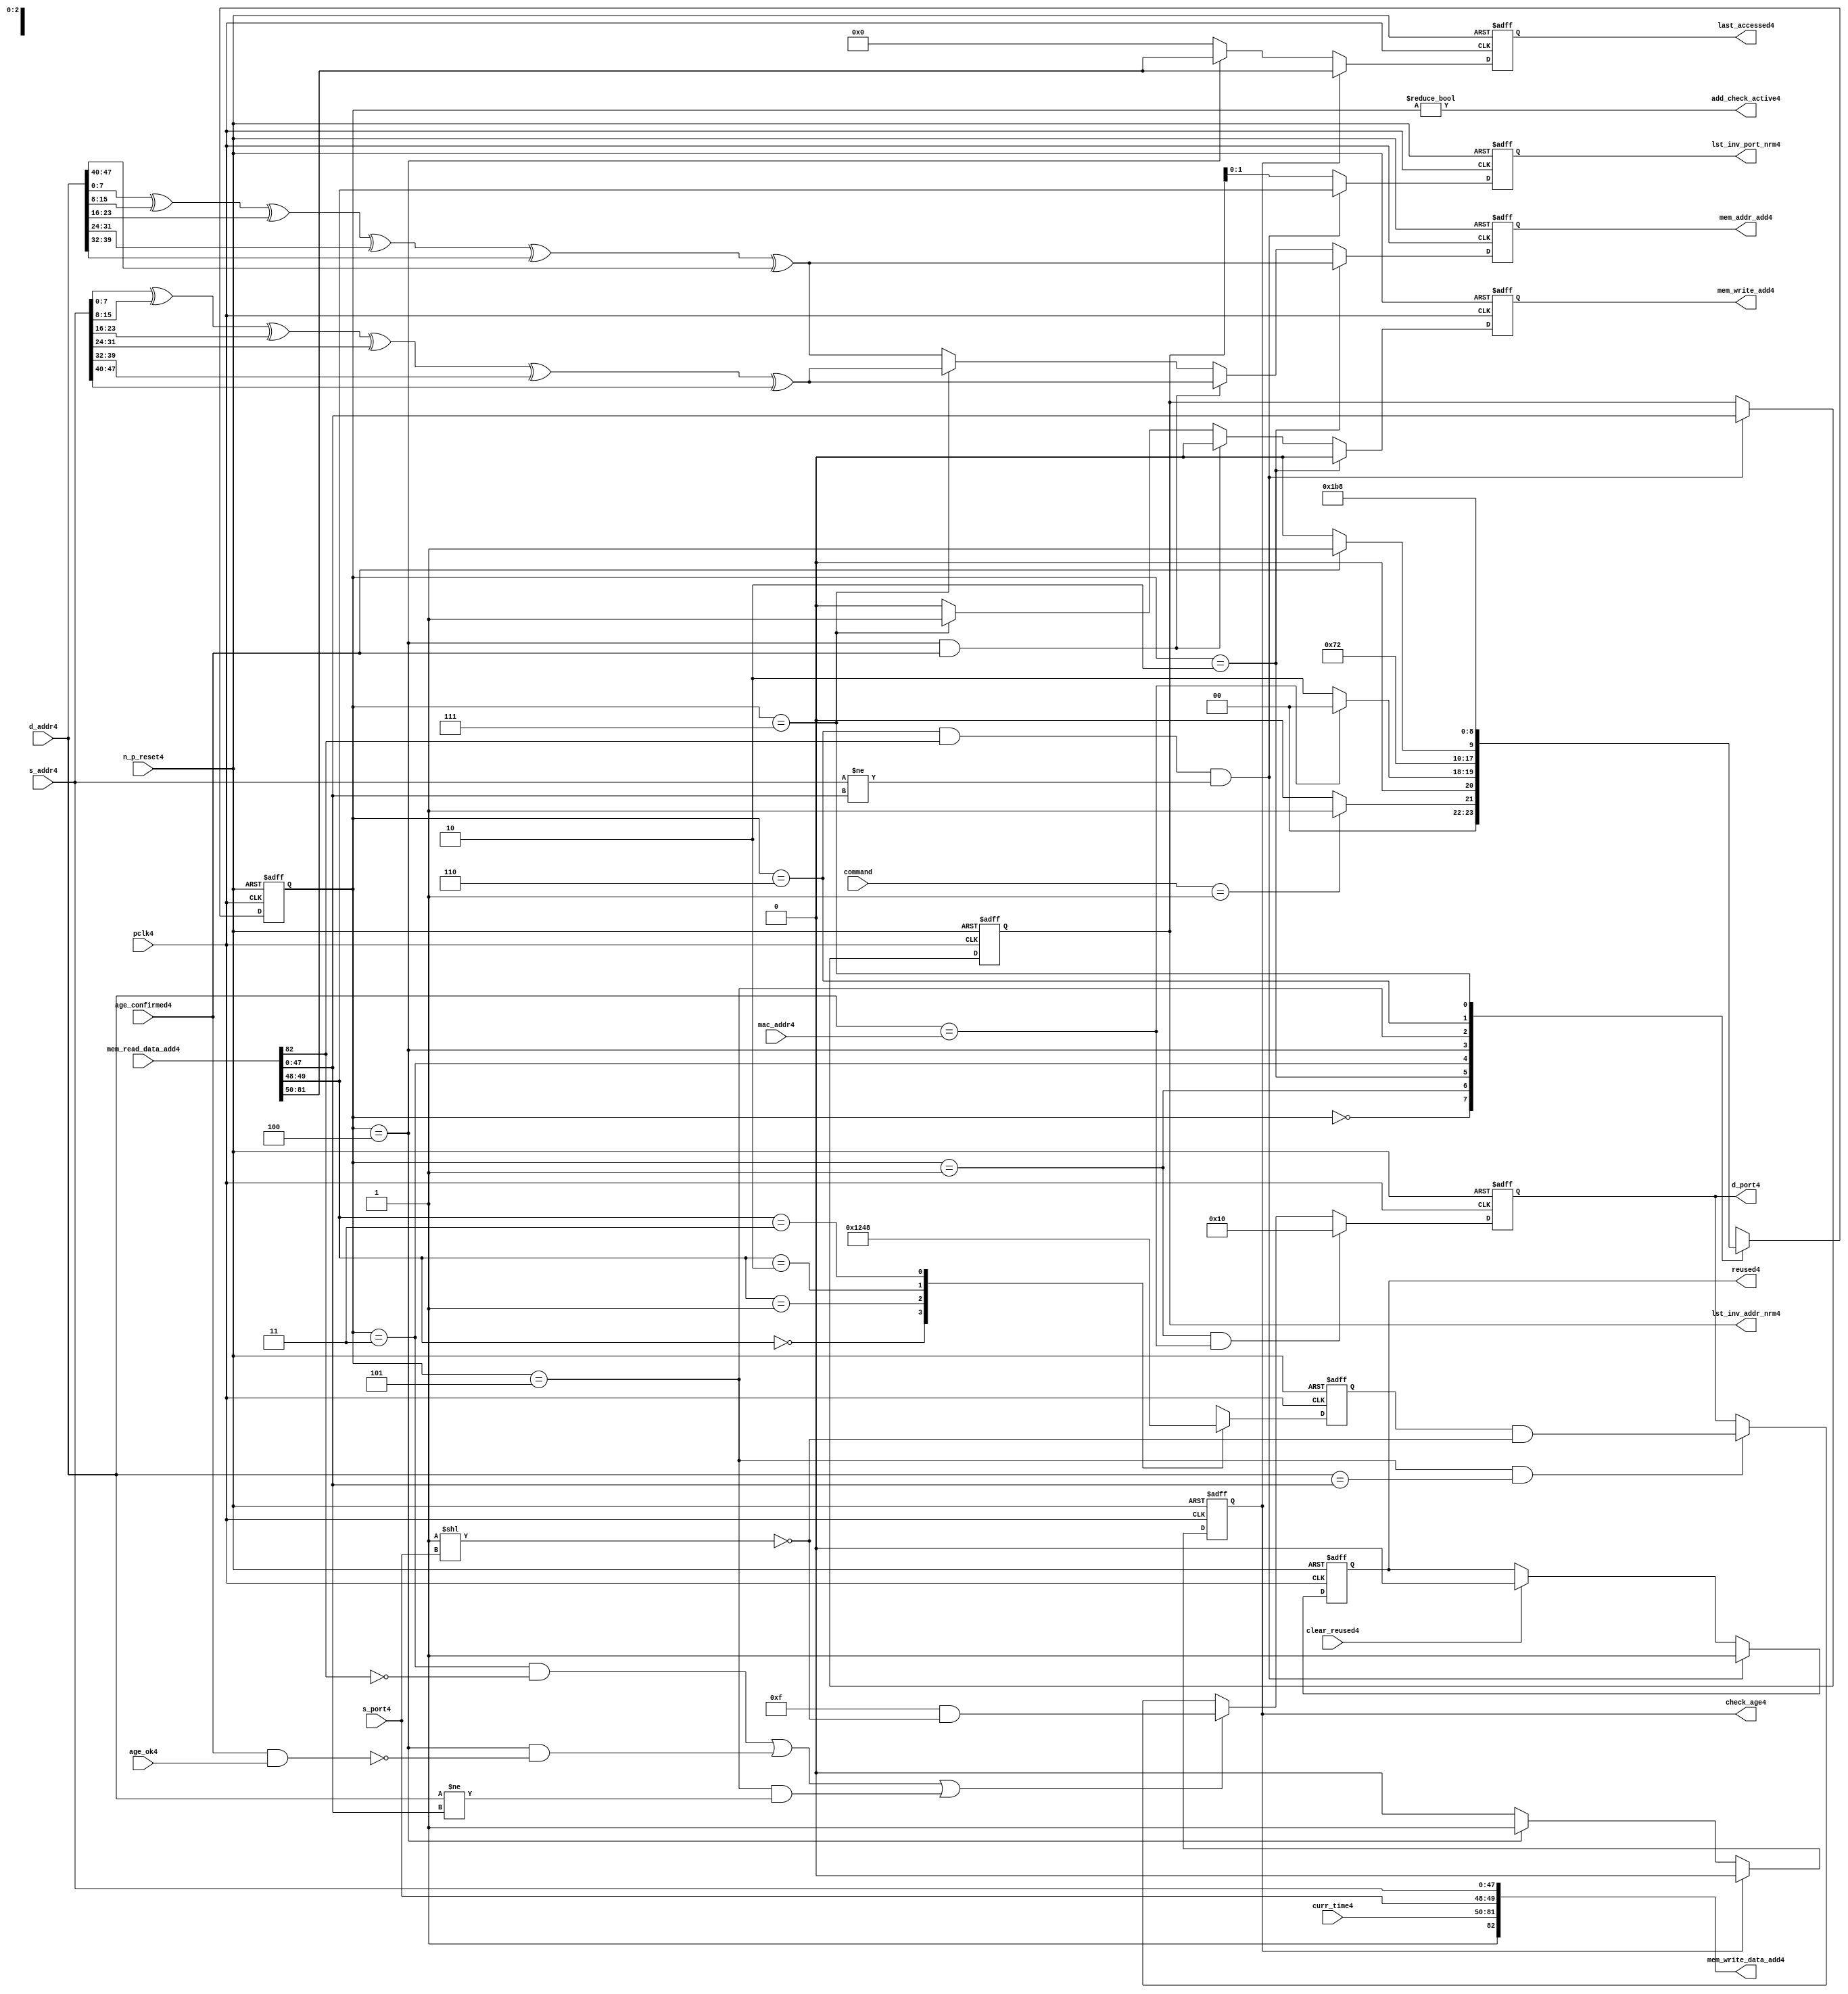
module alut_addr_checker4
(   
   // Inputs4
   pclk4,
   n_p_reset4,
   command,
   mac_addr4,
   d_addr4,
   s_addr4,
   s_port4,
   curr_time4,
   mem_read_data_add4,
   age_confirmed4,
   age_ok4,
   clear_reused4,

   //outputs4
   d_port4,
   add_check_active4,
   mem_addr_add4,
   mem_write_add4,
   mem_write_data_add4,
   lst_inv_addr_nrm4,
   lst_inv_port_nrm4,
   check_age4,
   last_accessed4,
   reused4
);



   input               pclk4;               // APB4 clock4                           
   input               n_p_reset4;          // Reset4                               
   input [1:0]         command;            // command bus                        
   input [47:0]        mac_addr4;           // address of the switch4              
   input [47:0]        d_addr4;             // address of frame4 to be checked4     
   input [47:0]        s_addr4;             // address of frame4 to be stored4      
   input [1:0]         s_port4;             // source4 port of current frame4       
   input [31:0]        curr_time4;          // current time,for storing4 in mem    
   input [82:0]        mem_read_data_add4;  // read data from mem                 
   input               age_confirmed4;      // valid flag4 from age4 checker        
   input               age_ok4;             // result from age4 checker 
   input               clear_reused4;       // read/clear flag4 for reused4 signal4           

   output [4:0]        d_port4;             // calculated4 destination4 port for tx4 
   output              add_check_active4;   // bit 0 of status register           
   output [7:0]        mem_addr_add4;       // hash4 address for R/W4 to memory     
   output              mem_write_add4;      // R/W4 flag4 (write = high4)            
   output [82:0]       mem_write_data_add4; // write data for memory             
   output [47:0]       lst_inv_addr_nrm4;   // last invalidated4 addr normal4 op    
   output [1:0]        lst_inv_port_nrm4;   // last invalidated4 port normal4 op    
   output              check_age4;          // request flag4 for age4 check
   output [31:0]       last_accessed4;      // time field sent4 for age4 check
   output              reused4;             // indicates4 ALUT4 location4 overwritten4

   reg   [2:0]         add_chk_state4;      // current address checker state
   reg   [2:0]         nxt_add_chk_state4;  // current address checker state
   reg   [4:0]         d_port4;             // calculated4 destination4 port for tx4 
   reg   [3:0]         port_mem4;           // bitwise4 conversion4 of 2bit port
   reg   [7:0]         mem_addr_add4;       // hash4 address for R/W4 to memory
   reg                 mem_write_add4;      // R/W4 flag4 (write = high4)            
   reg                 reused4;             // indicates4 ALUT4 location4 overwritten4
   reg   [47:0]        lst_inv_addr_nrm4;   // last invalidated4 addr normal4 op    
   reg   [1:0]         lst_inv_port_nrm4;   // last invalidated4 port normal4 op    
   reg                 check_age4;          // request flag4 for age4 checker
   reg   [31:0]        last_accessed4;      // time field sent4 for age4 check


   wire   [7:0]        s_addr_hash4;        // hash4 of address for storing4
   wire   [7:0]        d_addr_hash4;        // hash4 of address for checking
   wire   [82:0]       mem_write_data_add4; // write data for memory  
   wire                add_check_active4;   // bit 0 of status register           


// Parameters4 for Address Checking4 FSM4 states4
   parameter idle4           = 3'b000;
   parameter mac_addr_chk4   = 3'b001;
   parameter read_dest_add4  = 3'b010;
   parameter valid_chk4      = 3'b011;
   parameter age_chk4        = 3'b100;
   parameter addr_chk4       = 3'b101;
   parameter read_src_add4   = 3'b110;
   parameter write_src4      = 3'b111;


// -----------------------------------------------------------------------------
//   Hash4 conversion4 of source4 and destination4 addresses4
// -----------------------------------------------------------------------------
   assign s_addr_hash4 = s_addr4[7:0] ^ s_addr4[15:8] ^ s_addr4[23:16] ^
                        s_addr4[31:24] ^ s_addr4[39:32] ^ s_addr4[47:40];

   assign d_addr_hash4 = d_addr4[7:0] ^ d_addr4[15:8] ^ d_addr4[23:16] ^
                        d_addr4[31:24] ^ d_addr4[39:32] ^ d_addr4[47:40];



// -----------------------------------------------------------------------------
//   State4 Machine4 For4 handling4 the destination4 address checking process and
//   and storing4 of new source4 address and port values.
// -----------------------------------------------------------------------------
always @ (command or add_chk_state4 or age_confirmed4 or age_ok4)
   begin
      case (add_chk_state4)
      
      idle4:
         if (command == 2'b01)
            nxt_add_chk_state4 = mac_addr_chk4;
         else
            nxt_add_chk_state4 = idle4;

      mac_addr_chk4:   // check if destination4 address match MAC4 switch4 address
         if (d_addr4 == mac_addr4)
            nxt_add_chk_state4 = idle4;  // return dest4 port as 5'b1_0000
         else
            nxt_add_chk_state4 = read_dest_add4;

      read_dest_add4:       // read data from memory using hash4 of destination4 address
            nxt_add_chk_state4 = valid_chk4;

      valid_chk4:      // check if read data had4 valid bit set
         nxt_add_chk_state4 = age_chk4;

      age_chk4:        // request age4 checker to check if still in date4
         if (age_confirmed4)
            nxt_add_chk_state4 = addr_chk4;
         else
            nxt_add_chk_state4 = age_chk4; 

      addr_chk4:       // perform4 compare between dest4 and read addresses4
            nxt_add_chk_state4 = read_src_add4; // return read port from ALUT4 mem

      read_src_add4:   // read from memory location4 about4 to be overwritten4
            nxt_add_chk_state4 = write_src4; 

      write_src4:      // write new source4 data (addr and port) to memory
            nxt_add_chk_state4 = idle4; 

      default:
            nxt_add_chk_state4 = idle4;
      endcase
   end


// destination4 check FSM4 current state
always @ (posedge pclk4 or negedge n_p_reset4)
   begin
   if (~n_p_reset4)
      add_chk_state4 <= idle4;
   else
      add_chk_state4 <= nxt_add_chk_state4;
   end



// -----------------------------------------------------------------------------
//   Generate4 returned value of port for sending4 new frame4 to
// -----------------------------------------------------------------------------
always @ (posedge pclk4 or negedge n_p_reset4)
   begin
   if (~n_p_reset4)
      d_port4 <= 5'b0_1111;
   else if ((add_chk_state4 == mac_addr_chk4) & (d_addr4 == mac_addr4))
      d_port4 <= 5'b1_0000;
   else if (((add_chk_state4 == valid_chk4) & ~mem_read_data_add4[82]) |
            ((add_chk_state4 == age_chk4) & ~(age_confirmed4 & age_ok4)) |
            ((add_chk_state4 == addr_chk4) & (d_addr4 != mem_read_data_add4[47:0])))
      d_port4 <= 5'b0_1111 & ~( 1 << s_port4 );
   else if ((add_chk_state4 == addr_chk4) & (d_addr4 == mem_read_data_add4[47:0]))
      d_port4 <= {1'b0, port_mem4} & ~( 1 << s_port4 );
   else
      d_port4 <= d_port4;
   end


// -----------------------------------------------------------------------------
//   convert read port source4 value from 2bits to bitwise4 4 bits
// -----------------------------------------------------------------------------
always @ (posedge pclk4 or negedge n_p_reset4)
   begin
   if (~n_p_reset4)
      port_mem4 <= 4'b1111;
   else begin
      case (mem_read_data_add4[49:48])
         2'b00: port_mem4 <= 4'b0001;
         2'b01: port_mem4 <= 4'b0010;
         2'b10: port_mem4 <= 4'b0100;
         2'b11: port_mem4 <= 4'b1000;
      endcase
   end
   end
   


// -----------------------------------------------------------------------------
//   Set active bit of status, decoded4 off4 add_chk_state4
// -----------------------------------------------------------------------------
assign add_check_active4 = (add_chk_state4 != 3'b000);


// -----------------------------------------------------------------------------
//   Generate4 memory addressing4 signals4.
//   The check address command will be taken4 as the indication4 from SW4 that the 
//   source4 fields (address and port) can be written4 to memory. 
// -----------------------------------------------------------------------------
always @ (posedge pclk4 or negedge n_p_reset4)
   begin
   if (~n_p_reset4) 
   begin
       mem_write_add4 <= 1'b0;
       mem_addr_add4  <= 8'd0;
   end
   else if (add_chk_state4 == read_dest_add4)
   begin
       mem_write_add4 <= 1'b0;
       mem_addr_add4  <= d_addr_hash4;
   end
// Need4 to set address two4 cycles4 before check
   else if ( (add_chk_state4 == age_chk4) && age_confirmed4 )
   begin
       mem_write_add4 <= 1'b0;
       mem_addr_add4  <= s_addr_hash4;
   end
   else if (add_chk_state4 == write_src4)
   begin
       mem_write_add4 <= 1'b1;
       mem_addr_add4  <= s_addr_hash4;
   end
   else
   begin
       mem_write_add4 <= 1'b0;
       mem_addr_add4  <= d_addr_hash4;
   end
   end


// -----------------------------------------------------------------------------
//   Generate4 databus4 for writing to memory
//   Data written4 to memory from address checker will always be valid
// -----------------------------------------------------------------------------
assign mem_write_data_add4 = {1'b1, curr_time4, s_port4, s_addr4};



// -----------------------------------------------------------------------------
//   Evaluate4 read back data that is about4 to be overwritten4 with new source4 
//   address and port values. Decide4 whether4 the reused4 flag4 must be set and
//   last_inval4 address and port values updated.
//   reused4 needs4 to be implemented as read and clear
// -----------------------------------------------------------------------------
always @ (posedge pclk4 or negedge n_p_reset4)
   begin
   if (~n_p_reset4) 
   begin
      reused4 <= 1'b0;
      lst_inv_addr_nrm4 <= 48'd0;
      lst_inv_port_nrm4 <= 2'd0;
   end
   else if ((add_chk_state4 == read_src_add4) & mem_read_data_add4[82] &
            (s_addr4 != mem_read_data_add4[47:0]))
   begin
      reused4 <= 1'b1;
      lst_inv_addr_nrm4 <= mem_read_data_add4[47:0];
      lst_inv_port_nrm4 <= mem_read_data_add4[49:48];
   end
   else if (clear_reused4)
   begin
      reused4 <= 1'b0;
      lst_inv_addr_nrm4 <= lst_inv_addr_nrm4;
      lst_inv_port_nrm4 <= lst_inv_addr_nrm4;
   end
   else 
   begin
      reused4 <= reused4;
      lst_inv_addr_nrm4 <= lst_inv_addr_nrm4;
      lst_inv_port_nrm4 <= lst_inv_addr_nrm4;
   end
   end


// -----------------------------------------------------------------------------
//   Generate4 signals4 for age4 checker to perform4 in-date4 check
// -----------------------------------------------------------------------------
always @ (posedge pclk4 or negedge n_p_reset4)
   begin
   if (~n_p_reset4) 
   begin
      check_age4 <= 1'b0;  
      last_accessed4 <= 32'd0;
   end
   else if (check_age4)
   begin
      check_age4 <= 1'b0;  
      last_accessed4 <= mem_read_data_add4[81:50];
   end
   else if (add_chk_state4 == age_chk4)
   begin
      check_age4 <= 1'b1;  
      last_accessed4 <= mem_read_data_add4[81:50];
   end
   else 
   begin
      check_age4 <= 1'b0;  
      last_accessed4 <= 32'd0;
   end
   end


`ifdef ABV_ON4

// psl4 default clock4 = (posedge pclk4);

// ASSERTION4 CHECKS4
/* Commented4 out as also checking in toplevel4
// it should never be possible4 for the destination4 port to indicate4 the MAC4
// switch4 address and one of the other 4 Ethernets4
// psl4 assert_valid_dest_port4 : assert never (d_port4[4] & |{d_port4[3:0]});


// COVER4 SANITY4 CHECKS4
// check all values of destination4 port can be returned.
// psl4 cover_d_port_04 : cover { d_port4 == 5'b0_0001 };
// psl4 cover_d_port_14 : cover { d_port4 == 5'b0_0010 };
// psl4 cover_d_port_24 : cover { d_port4 == 5'b0_0100 };
// psl4 cover_d_port_34 : cover { d_port4 == 5'b0_1000 };
// psl4 cover_d_port_44 : cover { d_port4 == 5'b1_0000 };
// psl4 cover_d_port_all4 : cover { d_port4 == 5'b0_1111 };
*/
`endif


endmodule